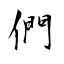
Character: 們